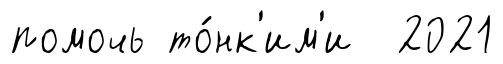
помочь то́нк'им'и 2021